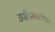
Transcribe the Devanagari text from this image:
उपहिमनद्यांवर